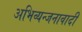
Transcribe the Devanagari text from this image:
अभिव्यन्जनावादी